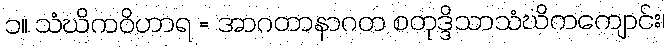
၁။ သံဃိကဝိဟာရ = အာဂတာနာဂတ စတုဒ္ဒိသာသံဃိကကျောင်း၊